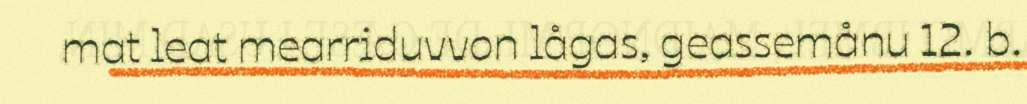
mat leat mearriduvvon lågas, geassemånu 12. b.